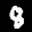
Label: 8